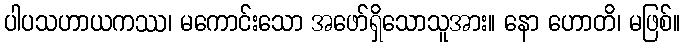
ပါပသဟာယကဿ၊ မကောင်းသော အဖော်ရှိသောသူအား။ နော ဟောတိ၊ မဖြစ်။